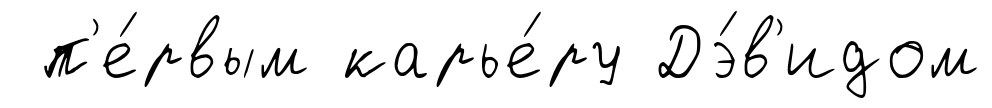
п'е́рвым карье́ру Дэ́в'идом